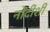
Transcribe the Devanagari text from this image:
नोंदीशी